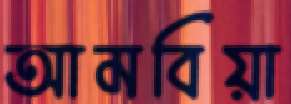
আমবিয়া